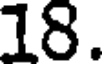
18.